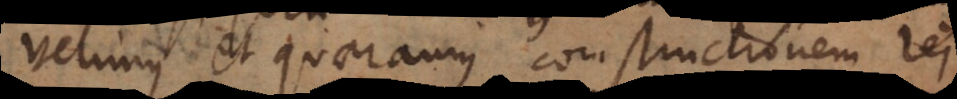
velimus et quaeramus constructionem rei,